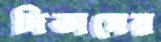
দিভাসের